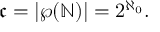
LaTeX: { \mathfrak { c } } = | \wp ( \mathbb { N } ) | = 2 ^ { \aleph _ { 0 } } .